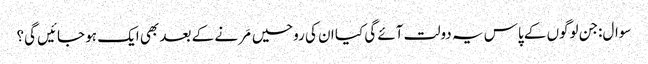
سوال:جن لوگوں کے پاس یہ دولت آئے گی کیا ان کی روحیں مَرنے کے بعد بھی ایک ہو جائیں گی؟